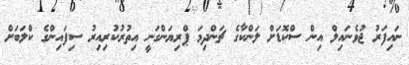
ނައިފަރު ޖުވެނައިލް އިން ސްކޮޑަށް ލަންކާގެ ޗަންދިމަ ޕްރިޔަންގަނީ އިތުރުކުރިއިރު ސިފައިންގެ ކްލަބަށް